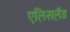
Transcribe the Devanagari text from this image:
एलिसलैंड